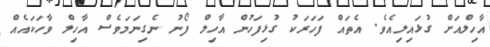
އާހިލްއަށް ގުޅައިލިއެވެ. އެތައް ފަހަރަކު ގުޅިފަހުން އާހިލް ފޯނު ނެގިނަމަވެސް އާހިލް ވާހަކައެއް